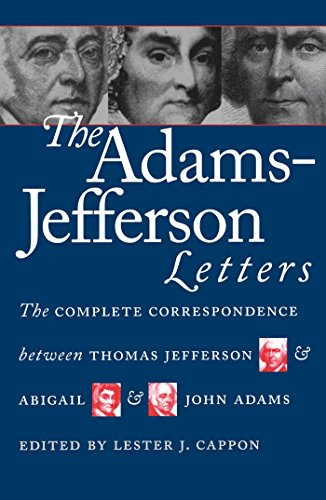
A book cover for The Adams-Jefferson Letters: The Complete Correspondence Between Thomas Jefferson and Abigail and John Adams; Literature & Fiction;